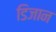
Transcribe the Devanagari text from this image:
डिजान